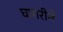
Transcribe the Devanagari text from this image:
घागरीने